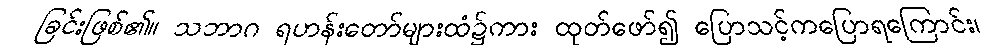
ခြင်းဖြစ်၏။ သဘာဂ ရဟန်းတော်များထံ၌ကား ထုတ်ဖော်၍ ပြောသင့်ကပြောရကြောင်း၊